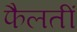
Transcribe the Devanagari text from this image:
फैलतीं